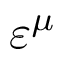
\varepsilon ^ { \mu }